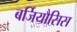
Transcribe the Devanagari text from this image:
बर्जियौसिस